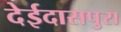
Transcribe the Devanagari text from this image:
देईदासपुरा